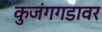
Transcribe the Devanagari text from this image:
कुजंगगडावर